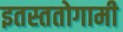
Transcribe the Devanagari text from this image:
इतस्ततोगामी